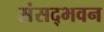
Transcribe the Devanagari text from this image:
संसद्भवन